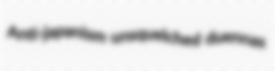
Anti-japanism unsquelched duennas